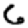
Digit: 6